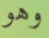
وهو